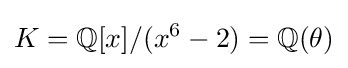
K=\mathbb {Q} [x]/(x^{6}-2)=\mathbb {Q} (\theta )